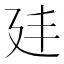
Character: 𭚔